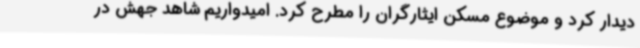
دیدار کرد و موضوع مسکن ایثارگران را مطرح کرد. امیدواریم شاهد جهش در